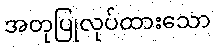
အတုပြုလုပ်ထားသော